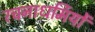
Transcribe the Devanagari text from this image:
रचनाधर्मियों